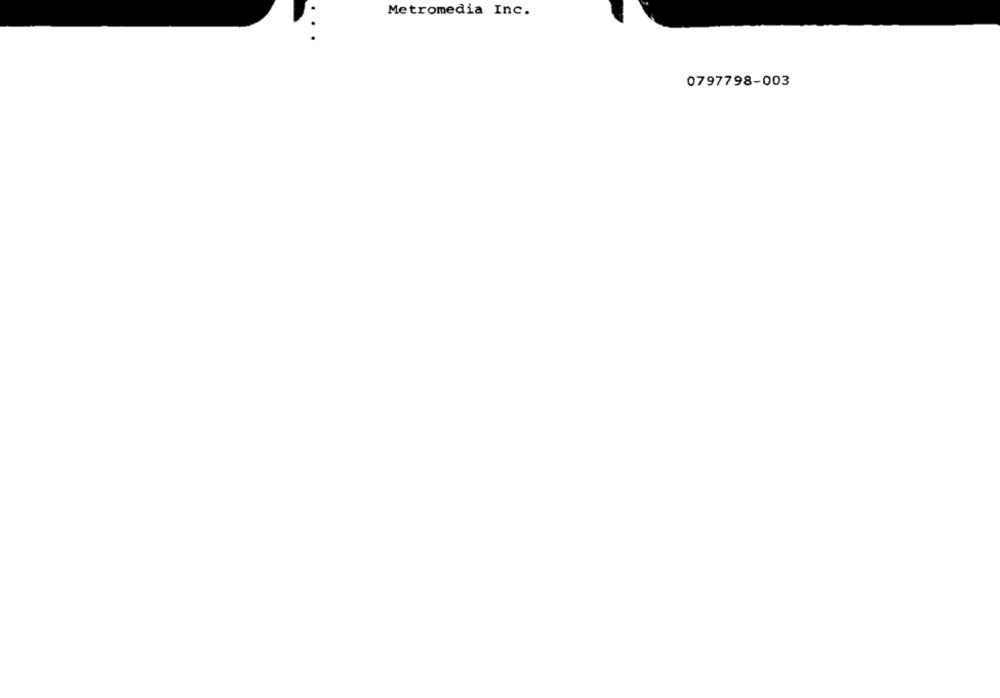
Metromedia Inc.
.
0797798-003